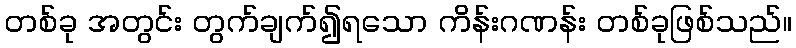
တစ်ခု အတွင်း တွက်ချက်၍ရသော ကိန်းဂဏန်း တစ်ခုဖြစ်သည်။